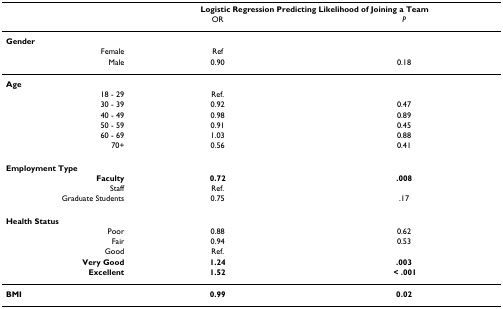
<table><thead><tr><td></td><td colspan="2"><b>Logistic Regression Predicting Likelihood of Joining a Team</b></td></tr><tr><td></td><td><b>OR</b></td><td><b><i>P</i></b></td></tr></thead><tbody><tr><td><b>Gender</b></td><td></td><td></td></tr><tr><td>Female</td><td>Ref</td><td></td></tr><tr><td>Male</td><td>0.90</td><td>0.18</td></tr><tr><td><b>Age</b></td><td></td><td></td></tr><tr><td>18 - 29</td><td>Ref.</td><td></td></tr><tr><td>30 - 39</td><td>0.92</td><td>0.47</td></tr><tr><td>40 - 49</td><td>0.98</td><td>0.89</td></tr><tr><td>50 - 59</td><td>0.91</td><td>0.45</td></tr><tr><td>60 - 69</td><td>1.03</td><td>0.88</td></tr><tr><td>70+</td><td>0.56</td><td>0.41</td></tr><tr><td><b>Employment Type</b></td><td></td><td></td></tr><tr><td><b>Faculty</b></td><td><b>0.72</b></td><td><b>.008</b></td></tr><tr><td>Staff</td><td>Ref.</td><td></td></tr><tr><td>Graduate Students</td><td>0.75</td><td>.17</td></tr><tr><td><b>Health Status</b></td><td></td><td></td></tr><tr><td>Poor</td><td>0.88</td><td>0.62</td></tr><tr><td>Fair</td><td>0.94</td><td>0.53</td></tr><tr><td>Good</td><td>Ref.</td><td></td></tr><tr><td><b>Very Good</b></td><td><b>1.24</b></td><td><b>.003</b></td></tr><tr><td><b>Excellent</b></td><td><b>1.52</b></td><td><b> &lt; .001</b></td></tr><tr><td><b>BMI</b></td><td><b>0.99</b></td><td><b>0.02</b></td></tr></tbody></table>